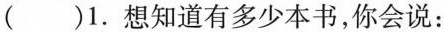
( )1.想知道有多少本书,你会说: